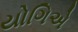
યોગિએ